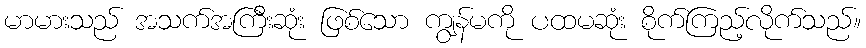
မာမားသည် အသက်အကြီးဆုံး ဖြစ်သော ကျွန်မကို ပထမဆုံး စိုက်ကြည့်လိုက်သည်။